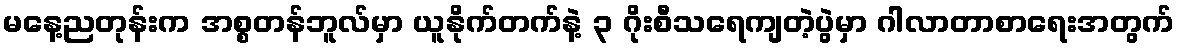
မနေ့ညတုန်းက အစ္စတန်ဘူလ်မှာ ယူနိုက်တက်နဲ့ ၃ ဂိုးစီသရေကျတဲ့ပွဲမှာ ဂါလာတာစာရေးအတွက်